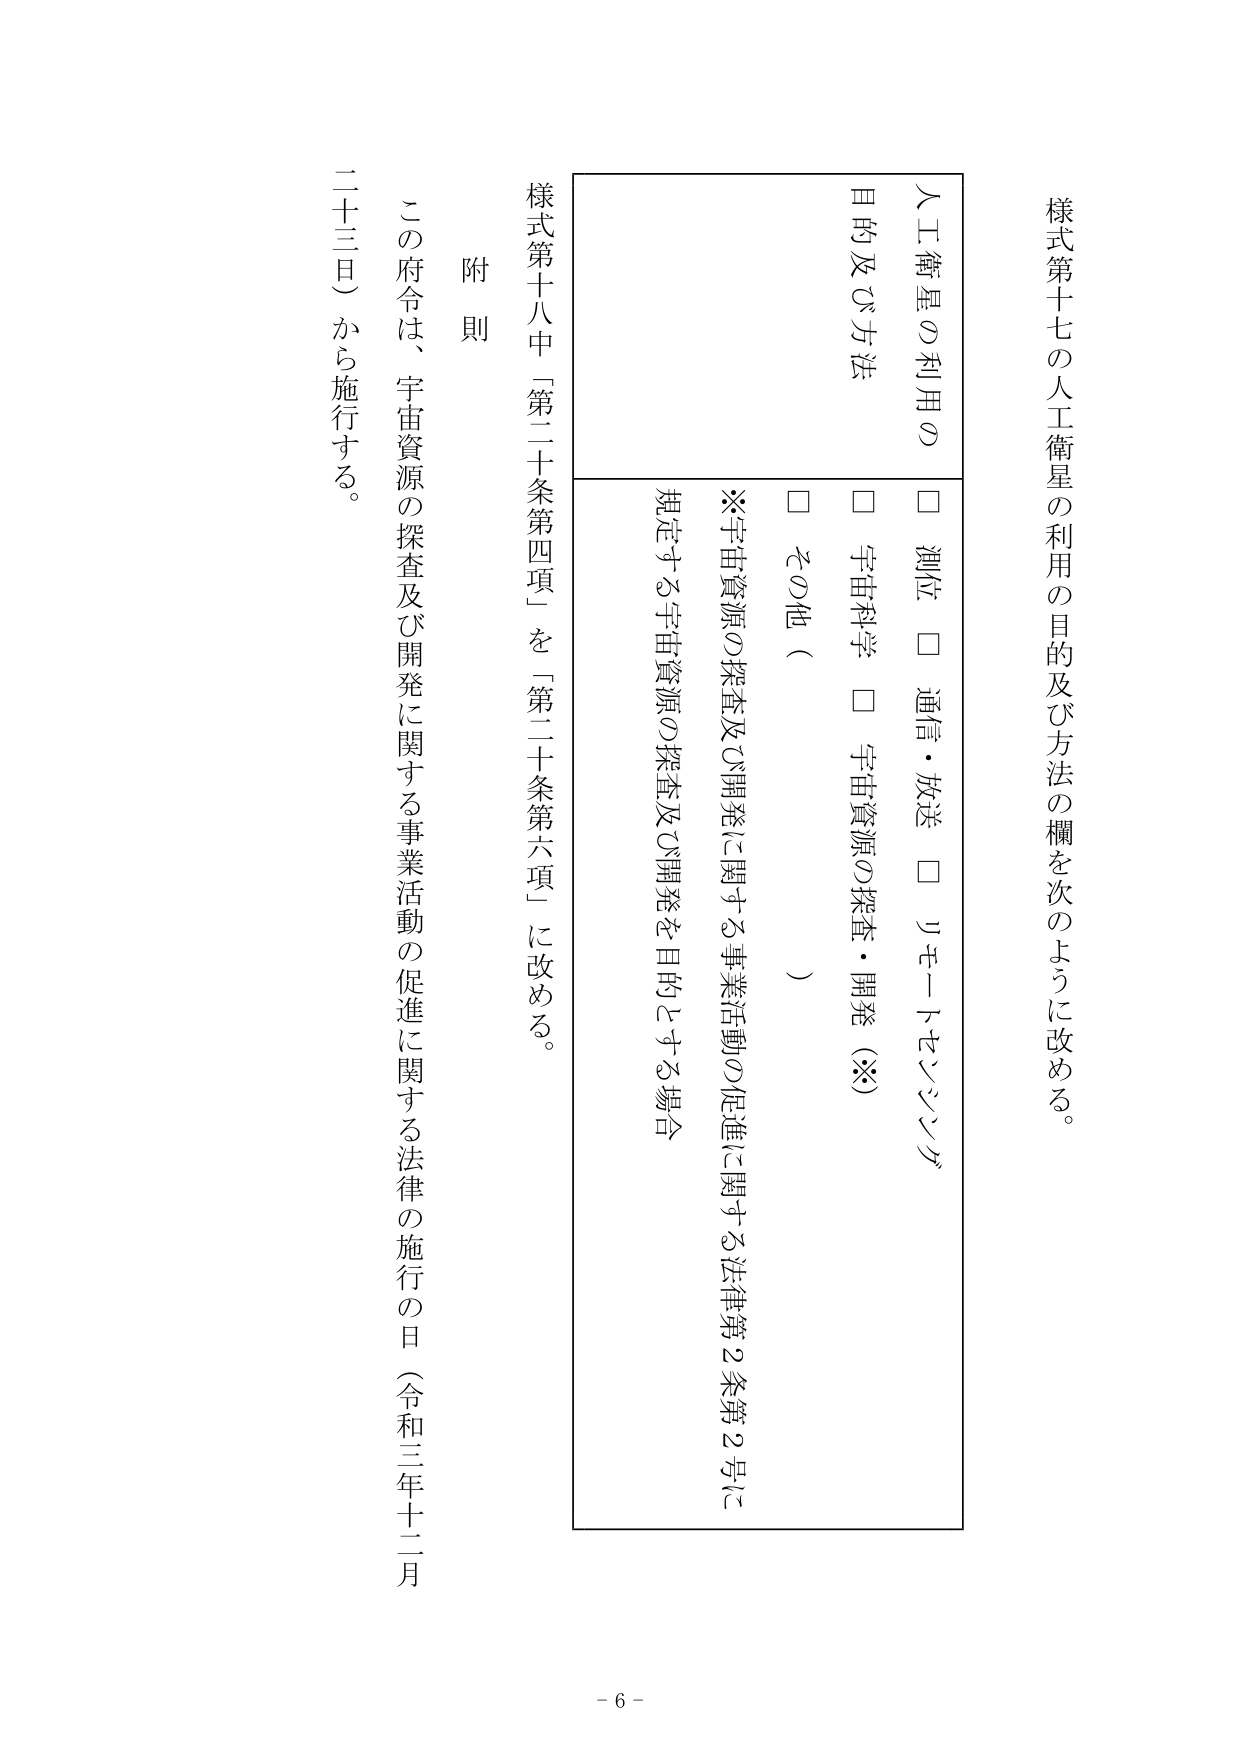
様式第十七の人工衛星の利用の目的及び方法の欄を次のように改める。

人工衛星の利用の
目的及び方法
□ 測位 □ 通信・放送 □ リモートセンシング
□ 宇宙科学 □ 宇宙資源の探査・開発（※）
□ その他（ ）

※宇宙資源の探査及び開発に関する事業活動の促進に関する法律第2条第2号に
規定する宇宙資源の探査及び開発を目的とする場合

様式第十八中「第二十条第四項」を「第二十条第六項」に改める。

附則

この府令は、宇宙資源の探査及び開発に関する事業活動の促進に関する法律の施行の日（令和三年十二月二十三日）から施行する。

- 6 -